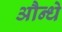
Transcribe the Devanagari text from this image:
औन्धे